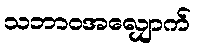
သဘာဝအလျှောက်